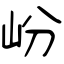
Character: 岎